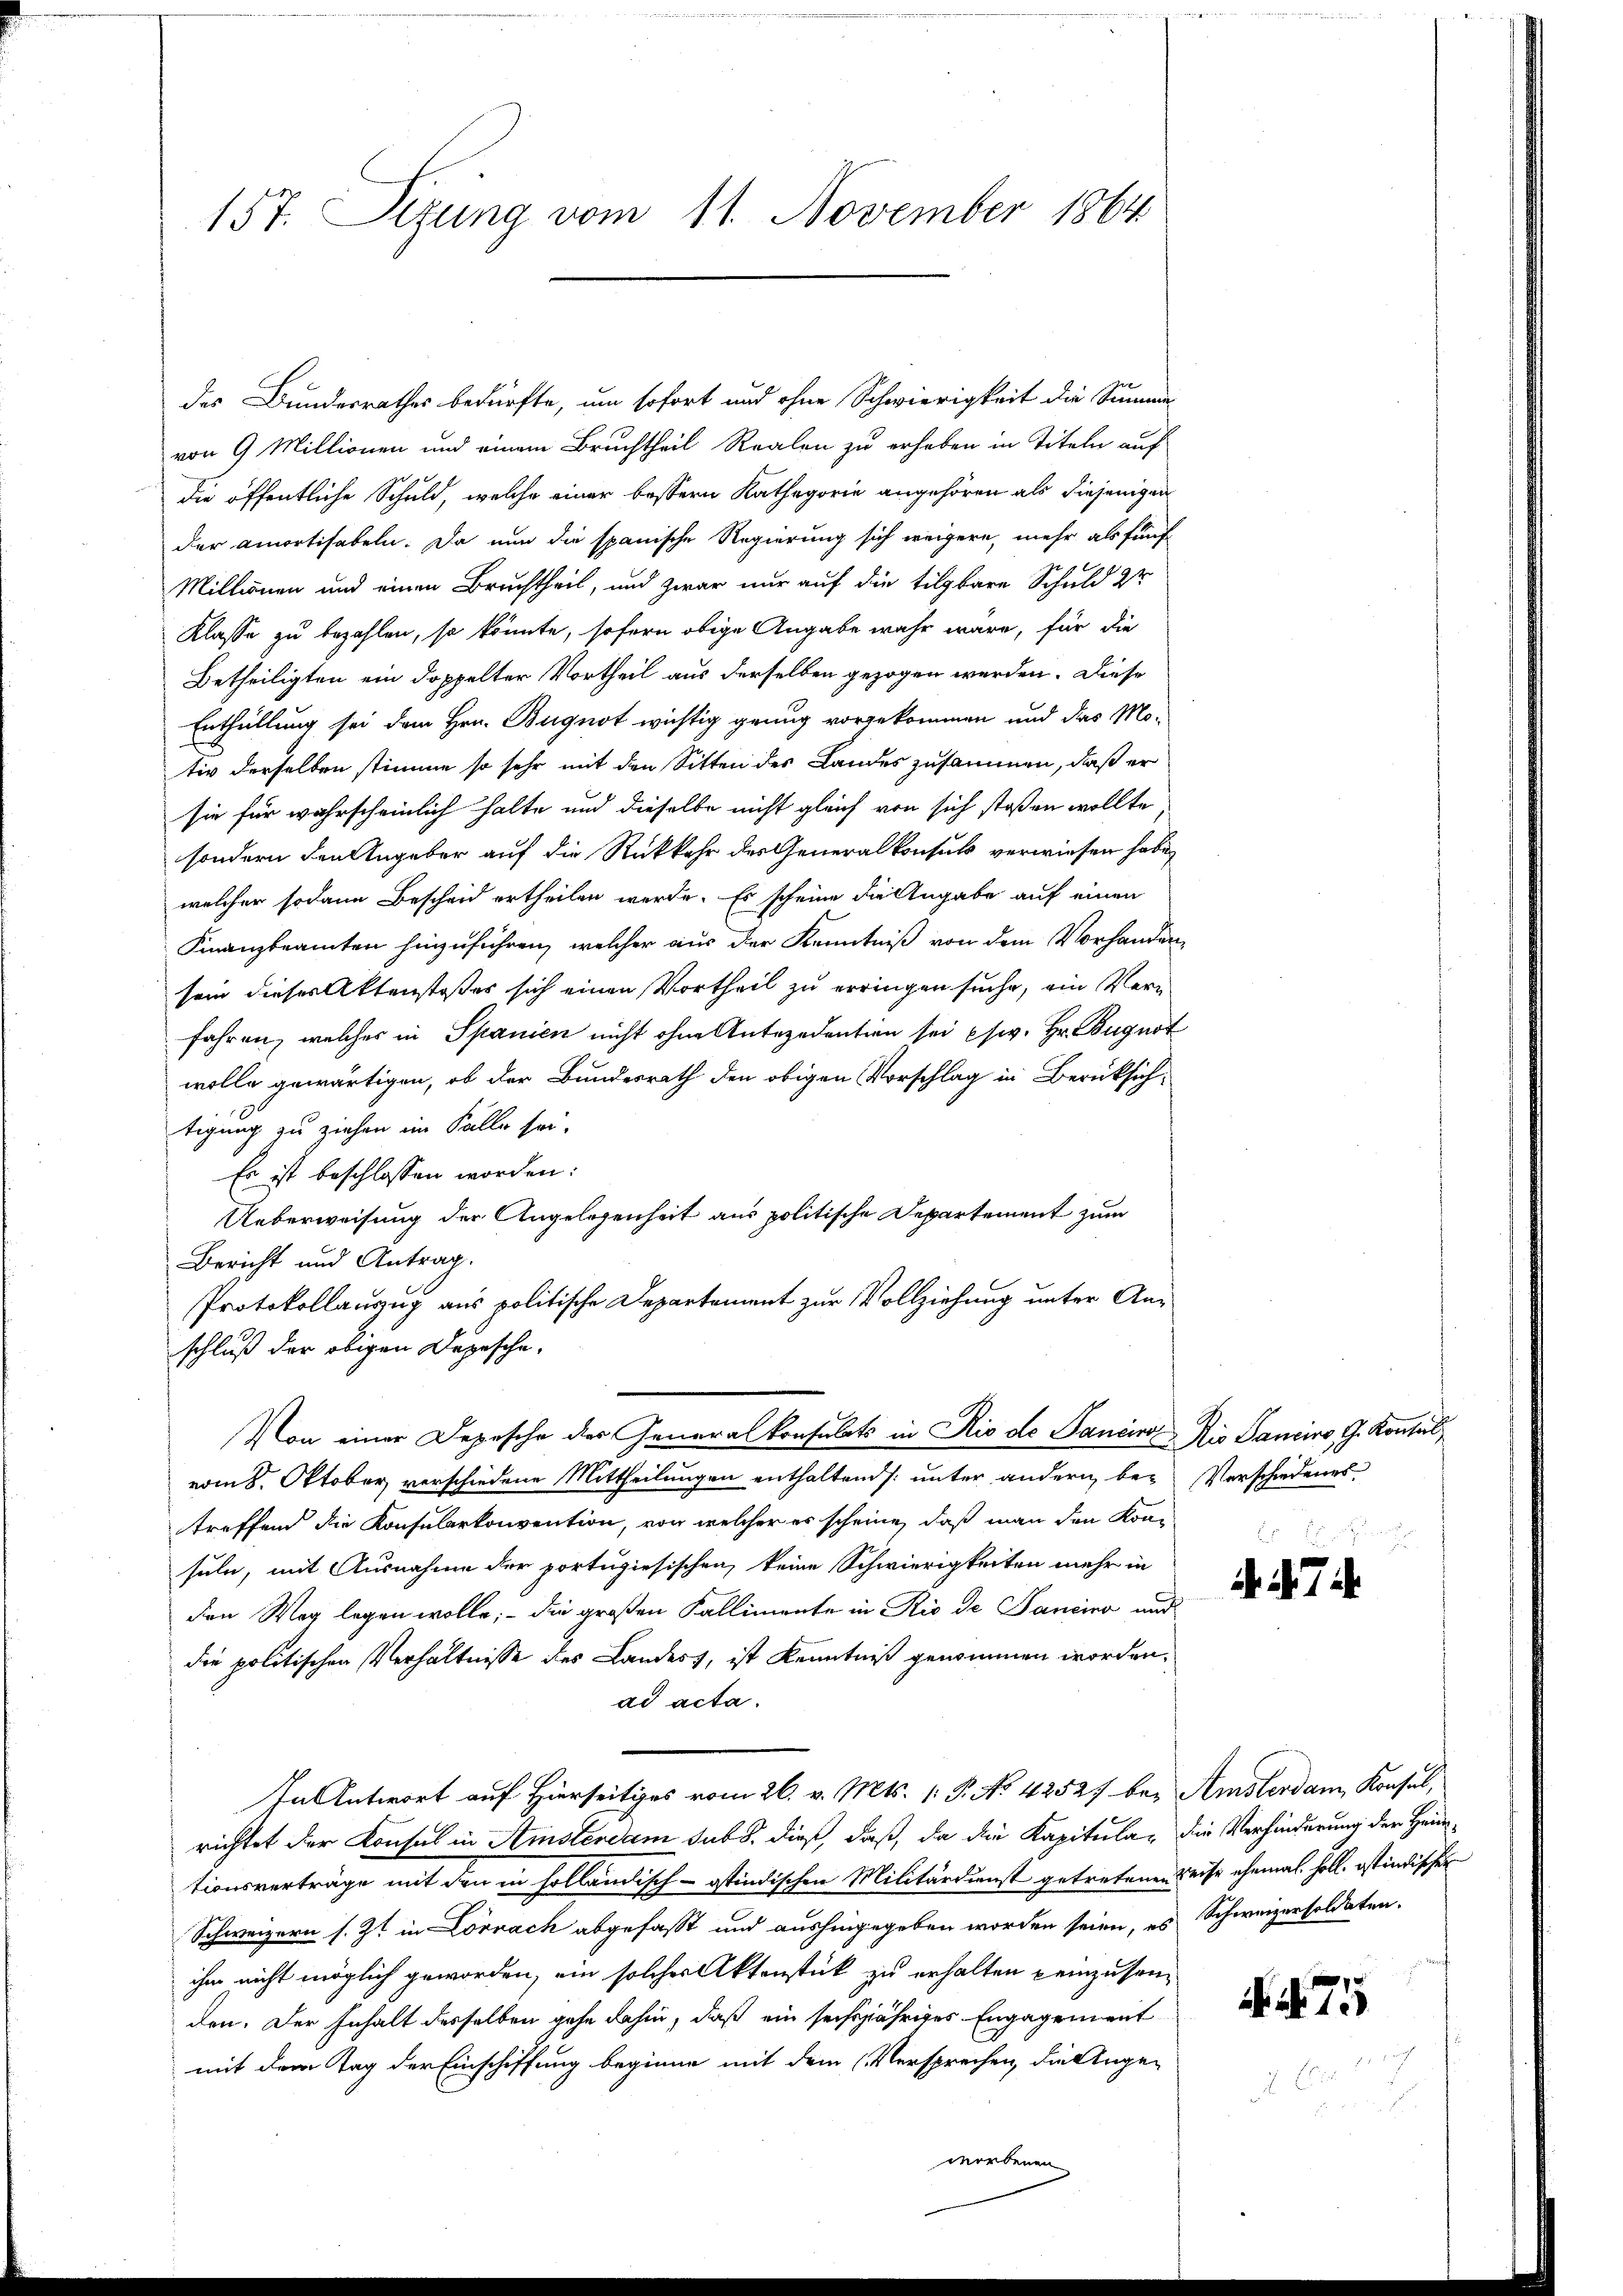
157. Sizung vom 11. November 1864

des Bundesrathes bedürfte, um sofort und ohne Schwierigkeit die Summe
von 9 Millionen und einem Bruchtheil Realen zu erhaben in Titeln auf
die öffentliche Schuld, welche einer bessern Kathegorie angehören als diejenigen
der Amortisabeln. Da nun die spanische Regierung sich weigere, mehr als fünf-
Millionen und einen Bruchtheil, und zwar nur auf die tilgbare Schuld zu
Klasse zu bezahlen, so könnte, sofern obige Angabe wahr wäre, für die
Betheiligten ein doppelter Vortheil aus derselben gezogen werden. Diese
Enthüllung sei dem Hrn. Bugnot wichtig genug vorgekommen und das Mo-
tiv derselben stimme so sehr mit den Sitten des Landes zusammen, daß er
sie für wahrscheinlich halte und dieselbe nicht gleich von sich stoßen wollte
sondern den Angeber auf die Rückkehr des Generalkonsuls verwiesen habe,
welcher sodann Bescheid ertheilen werde. Es scheine die Angabe auf einen
Finanzbeamten hinzuführen, welcher aus der Kenntniß von dem Vorhanden
sein dieser Aktenstoßes sich einen Vortheil zu erringen suche, ein Verfahren, welches in Spanien nicht ohne Antezedentien sei (sw. Hr. Bugnot
wolle gewärtigen, ob der Bundesrath den obigen Vorschlag in Berücksichtigung zu ziehen im Falle sei.
Es ist beschlossen worden:
Ueberweisung der Angelegenheit aus politische Departement zum
Bericht und Antrag.
Protokollauzug aus politische Departement zur Vollziehung unter Anschluß der obigen Depesche,
Von einer Depesche des Generalkonsulats in Rio de Sancino Rio Sanciro, G. Kontul
vom 8. Oktober verschiedene Mittheilungen enthaltend unter andern be¬ Verschiedenes
treffend die Konsularkonvention, von welcher es scheine, daß man den Konsuln, mit Ausnahme der portugiesischen, keine Schwierigkeiten mehr in
den Weg legen wolle; - die großen Kallimente in Rio de Pancina aus
die politischen Verhältnisse des Landest, ist Kenntniß genommen worden,
ad acta.
In Antwort auf Hierseitiges vom 26. v. Mts. 1. P. No 42527 bey Amsterdam, Konsul,
richtet der Konsul in Amsterdam sub. dieß, daß, da die Kapitula die Verhinderung der Heintionsverträge mit den in holländisch-otindischen Militärdienst getretenen Reise ehemal. holl. istindischen
Schweizern s. Zt. in Lörrach abgefasst und aushingegeben worden seien, es Schweizersoldaten.
ihm nicht möglich geworden, ein solches Aktenstück zu erhalten einzusenden. Der Inhalt desselben gehe dahin, daß ein sechsjähriges Engagement
mit dem Tag der Einschiffung beginne mit dem (Versprechen, die Ange-
worbenen

e
d. d. 7.

7